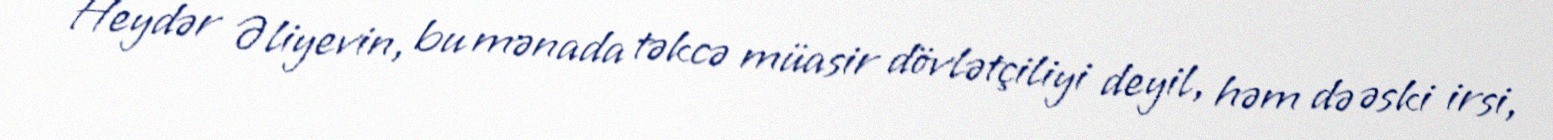
Heydər Əliyevin, bu mənada təkcə müasir dövlətçiliyi deyil, həm də əski irsi,